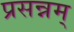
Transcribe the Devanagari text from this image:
प्रसन्नम्